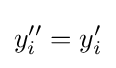
y_{i}''=y_{i}'